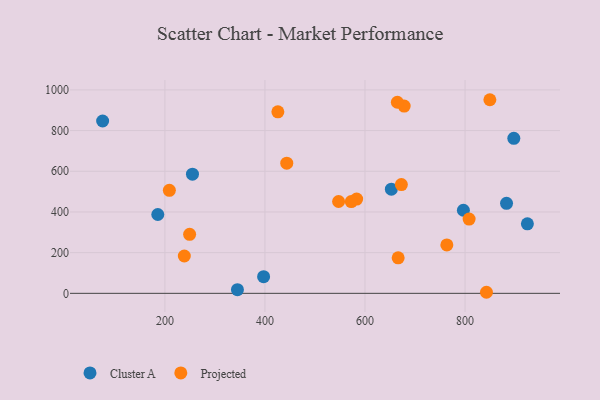
{"axis": {"x": "Investment", "y": "Salary"}, "legend": ["Cluster A", "Projected"], "data": [{"x": "882.9", "y": 442.5, "type": "Cluster A"}, {"x": "345.0", "y": 18.1, "type": "Cluster A"}, {"x": "75.5", "y": 847.2, "type": "Cluster A"}, {"x": "185.8", "y": 387.6, "type": "Cluster A"}, {"x": "897.5", "y": 762.2, "type": "Cluster A"}, {"x": "397.3", "y": 82.0, "type": "Cluster A"}, {"x": "796.7", "y": 408.3, "type": "Cluster A"}, {"x": "924.6", "y": 341.5, "type": "Cluster A"}, {"x": "652.7", "y": 512.2, "type": "Cluster A"}, {"x": "255.1", "y": 585.8, "type": "Cluster A"}, {"x": "208.9", "y": 506.2, "type": "Projected"}, {"x": "666.3", "y": 174.7, "type": "Projected"}, {"x": "849.6", "y": 951.7, "type": "Projected"}, {"x": "425.8", "y": 892.4, "type": "Projected"}, {"x": "249.4", "y": 290.3, "type": "Projected"}, {"x": "763.6", "y": 237.8, "type": "Projected"}, {"x": "678.3", "y": 920.4, "type": "Projected"}, {"x": "672.7", "y": 534.6, "type": "Projected"}, {"x": "842.8", "y": 5.2, "type": "Projected"}, {"x": "443.6", "y": 640.0, "type": "Projected"}, {"x": "547.2", "y": 451.3, "type": "Projected"}, {"x": "238.8", "y": 183.4, "type": "Projected"}, {"x": "664.7", "y": 939.2, "type": "Projected"}, {"x": "808.1", "y": 365.1, "type": "Projected"}, {"x": "583.3", "y": 463.1, "type": "Projected"}, {"x": "572.6", "y": 451.1, "type": "Projected"}]}